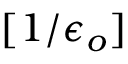
[ 1 / \epsilon _ { o } ]